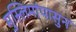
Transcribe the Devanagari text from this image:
मुस्लिमांपासुन